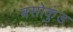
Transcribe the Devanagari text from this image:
बसोकुंड